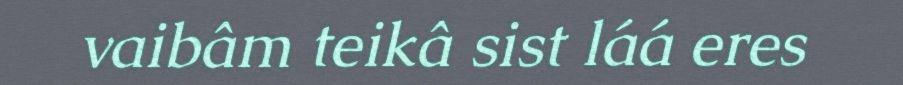
vaibâm teikâ sist láá eres